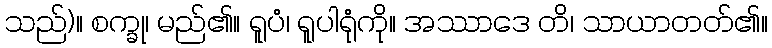
သည်)။ စက္ခု၊ မည်၏။ ရူပံ၊ ရူပါရုံကို။ အဿာဒေ တိ၊ သာယာတတ်၏။